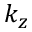
k _ { z }